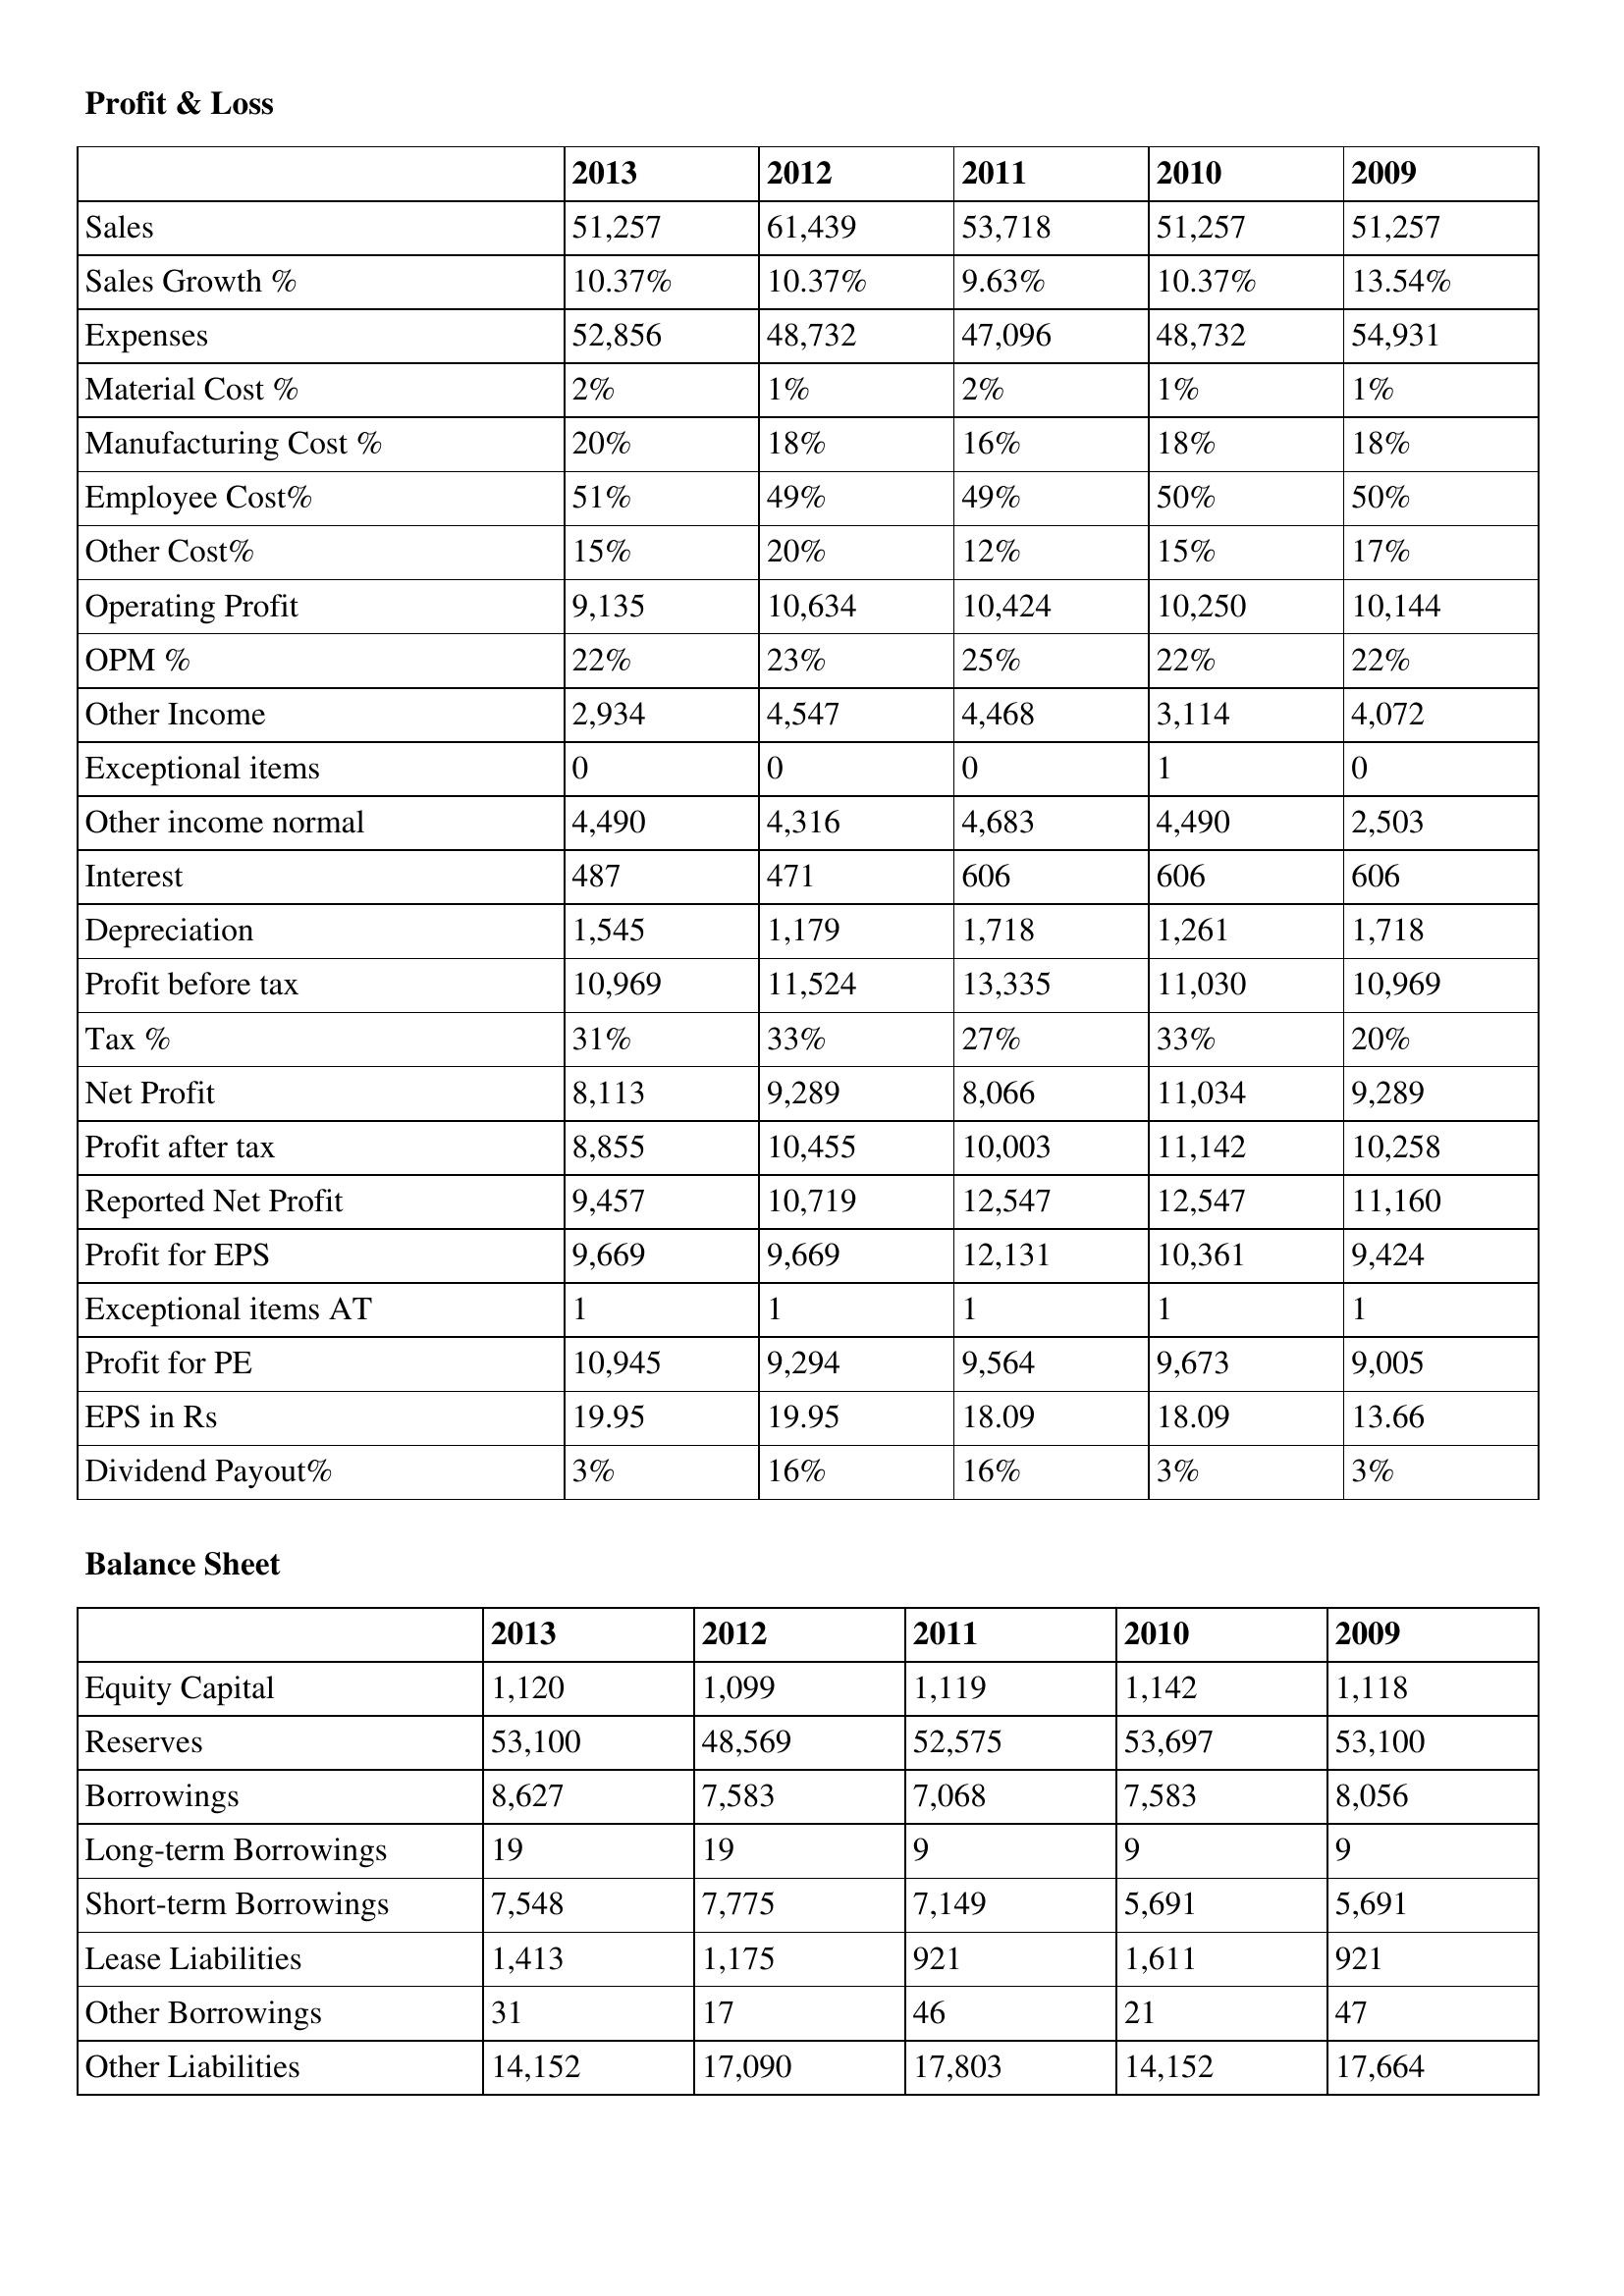
gt_parse: 2013: Profit & Loss: Sales: 51,257
Sales Growth %: 10.37%
Expenses: 52,856
Material Cost %: 2%
Manufacturing Cost %: 20%
Employee Cost%: 51%
Other Cost%: 15%
Operating Profit: 9,135
OPM %: 22%
Other Income: 2,934
Exceptional items: 0
Other income normal: 4,490
Interest: 487
Depreciation: 1,545
Profit before tax: 10,969
Tax %: 31%
Net Profit: 8,113
Profit after tax: 8,855
Reported Net Profit: 9,457
Profit for EPS: 9,669
Exceptional items AT: 1
Profit for PE: 10,945
EPS in Rs: 19.95
Dividend Payout%: 3%
Balance Sheet: Equity Capital: 1,120
Reserves: 53,100
Borrowings: 8,627
Long-term Borrowings: 19
Short-term Borrowings: 7,548
Lease Liabilities: 1,413
Other Borrowings: 31
Other Liabilities: 14,152
2012: Profit & Loss: Sales: 61,439
Sales Growth %: 10.37%
Expenses: 48,732
Material Cost %: 1%
Manufacturing Cost %: 18%
Employee Cost%: 49%
Other Cost%: 20%
Operating Profit: 10,634
OPM %: 23%
Other Income: 4,547
Exceptional items: 0
Other income normal: 4,316
Interest: 471
Depreciation: 1,179
Profit before tax: 11,524
Tax %: 33%
Net Profit: 9,289
Profit after tax: 10,455
Reported Net Profit: 10,719
Profit for EPS: 9,669
Exceptional items AT: 1
Profit for PE: 9,294
EPS in Rs: 19.95
Dividend Payout%: 16%
Balance Sheet: Equity Capital: 1,099
Reserves: 48,569
Borrowings: 7,583
Long-term Borrowings: 19
Short-term Borrowings: 7,775
Lease Liabilities: 1,175
Other Borrowings: 17
Other Liabilities: 17,090
2011: Profit & Loss: Sales: 53,718
Sales Growth %: 9.63%
Expenses: 47,096
Material Cost %: 2%
Manufacturing Cost %: 16%
Employee Cost%: 49%
Other Cost%: 12%
Operating Profit: 10,424
OPM %: 25%
Other Income: 4,468
Exceptional items: 0
Other income normal: 4,683
Interest: 606
Depreciation: 1,718
Profit before tax: 13,335
Tax %: 27%
Net Profit: 8,066
Profit after tax: 10,003
Reported Net Profit: 12,547
Profit for EPS: 12,131
Exceptional items AT: 1
Profit for PE: 9,564
EPS in Rs: 18.09
Dividend Payout%: 16%
Balance Sheet: Equity Capital: 1,119
Reserves: 52,575
Borrowings: 7,068
Long-term Borrowings: 9
Short-term Borrowings: 7,149
Lease Liabilities: 921
Other Borrowings: 46
Other Liabilities: 17,803
2010: Profit & Loss: Sales: 51,257
Sales Growth %: 10.37%
Expenses: 48,732
Material Cost %: 1%
Manufacturing Cost %: 18%
Employee Cost%: 50%
Other Cost%: 15%
Operating Profit: 10,250
OPM %: 22%
Other Income: 3,114
Exceptional items: 1
Other income normal: 4,490
Interest: 606
Depreciation: 1,261
Profit before tax: 11,030
Tax %: 33%
Net Profit: 11,034
Profit after tax: 11,142
Reported Net Profit: 12,547
Profit for EPS: 10,361
Exceptional items AT: 1
Profit for PE: 9,673
EPS in Rs: 18.09
Dividend Payout%: 3%
Balance Sheet: Equity Capital: 1,142
Reserves: 53,697
Borrowings: 7,583
Long-term Borrowings: 9
Short-term Borrowings: 5,691
Lease Liabilities: 1,611
Other Borrowings: 21
Other Liabilities: 14,152
2009: Profit & Loss: Sales: 51,257
Sales Growth %: 13.54%
Expenses: 54,931
Material Cost %: 1%
Manufacturing Cost %: 18%
Employee Cost%: 50%
Other Cost%: 17%
Operating Profit: 10,144
OPM %: 22%
Other Income: 4,072
Exceptional items: 0
Other income normal: 2,503
Interest: 606
Depreciation: 1,718
Profit before tax: 10,969
Tax %: 20%
Net Profit: 9,289
Profit after tax: 10,258
Reported Net Profit: 11,160
Profit for EPS: 9,424
Exceptional items AT: 1
Profit for PE: 9,005
EPS in Rs: 13.66
Dividend Payout%: 3%
Balance Sheet: Equity Capital: 1,118
Reserves: 53,100
Borrowings: 8,056
Long-term Borrowings: 9
Short-term Borrowings: 5,691
Lease Liabilities: 921
Other Borrowings: 47
Other Liabilities: 17,664